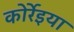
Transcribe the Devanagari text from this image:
कोर्रेइया